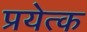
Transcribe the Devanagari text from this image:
प्रयेत्क